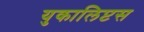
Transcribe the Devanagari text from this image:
युकालिप्टस